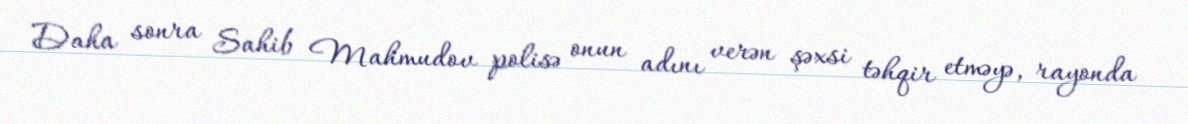
Daha sonra Sahib Mahmudov polisə onun adını verən şəxsi təhqir etməyə, rayonda